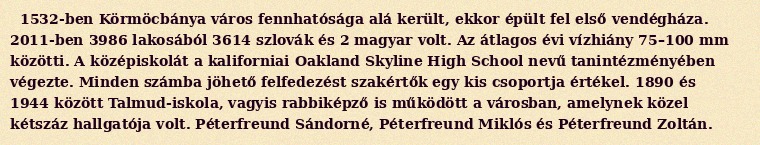
1532-ben Körmöcbánya város fennhatósága alá került, ekkor épült fel első vendégháza. 2011-ben 3986 lakosából 3614 szlovák és 2 magyar volt. Az átlagos évi vízhiány 75–100 mm közötti. A középiskolát a kaliforniai Oakland Skyline High School nevű tanintézményében végezte. Minden számba jöhető felfedezést szakértők egy kis csoportja értékel. 1890 és 1944 között Talmud-iskola, vagyis rabbiképző is működött a városban, amelynek közel kétszáz hallgatója volt. Péterfreund Sándorné, Péterfreund Miklós és Péterfreund Zoltán.